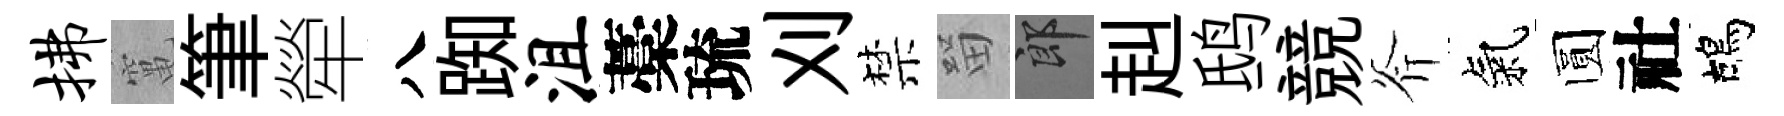
拂𥧄筆犖八踟沮藁琉刈禁㽞郎赳鸱競斧氣圆社鴣